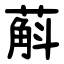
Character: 蔛